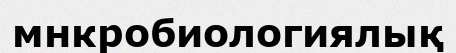
мнкробиологиялық